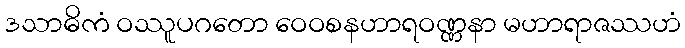
ဒသာဓိကံ ဝဿူပဂတော ဝေဝစနဟာရဝဏ္ဏနာ မဟာရာဇဿဟံ